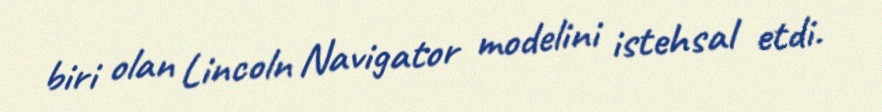
biri olan Lincoln Navigator modelini istehsal etdi.